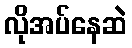
လိုအပ်နေဆဲ